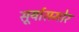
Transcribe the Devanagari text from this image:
सूर्यासमोर